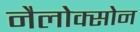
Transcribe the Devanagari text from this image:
नैलोक्सोन